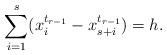
LaTeX: \begin{align*}\sum_{i=1}^s ( x_i^{t_{r-1}} - x_{s+i}^{t_{r-1}} ) = h.\end{align*}